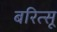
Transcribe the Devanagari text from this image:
बरित्सू